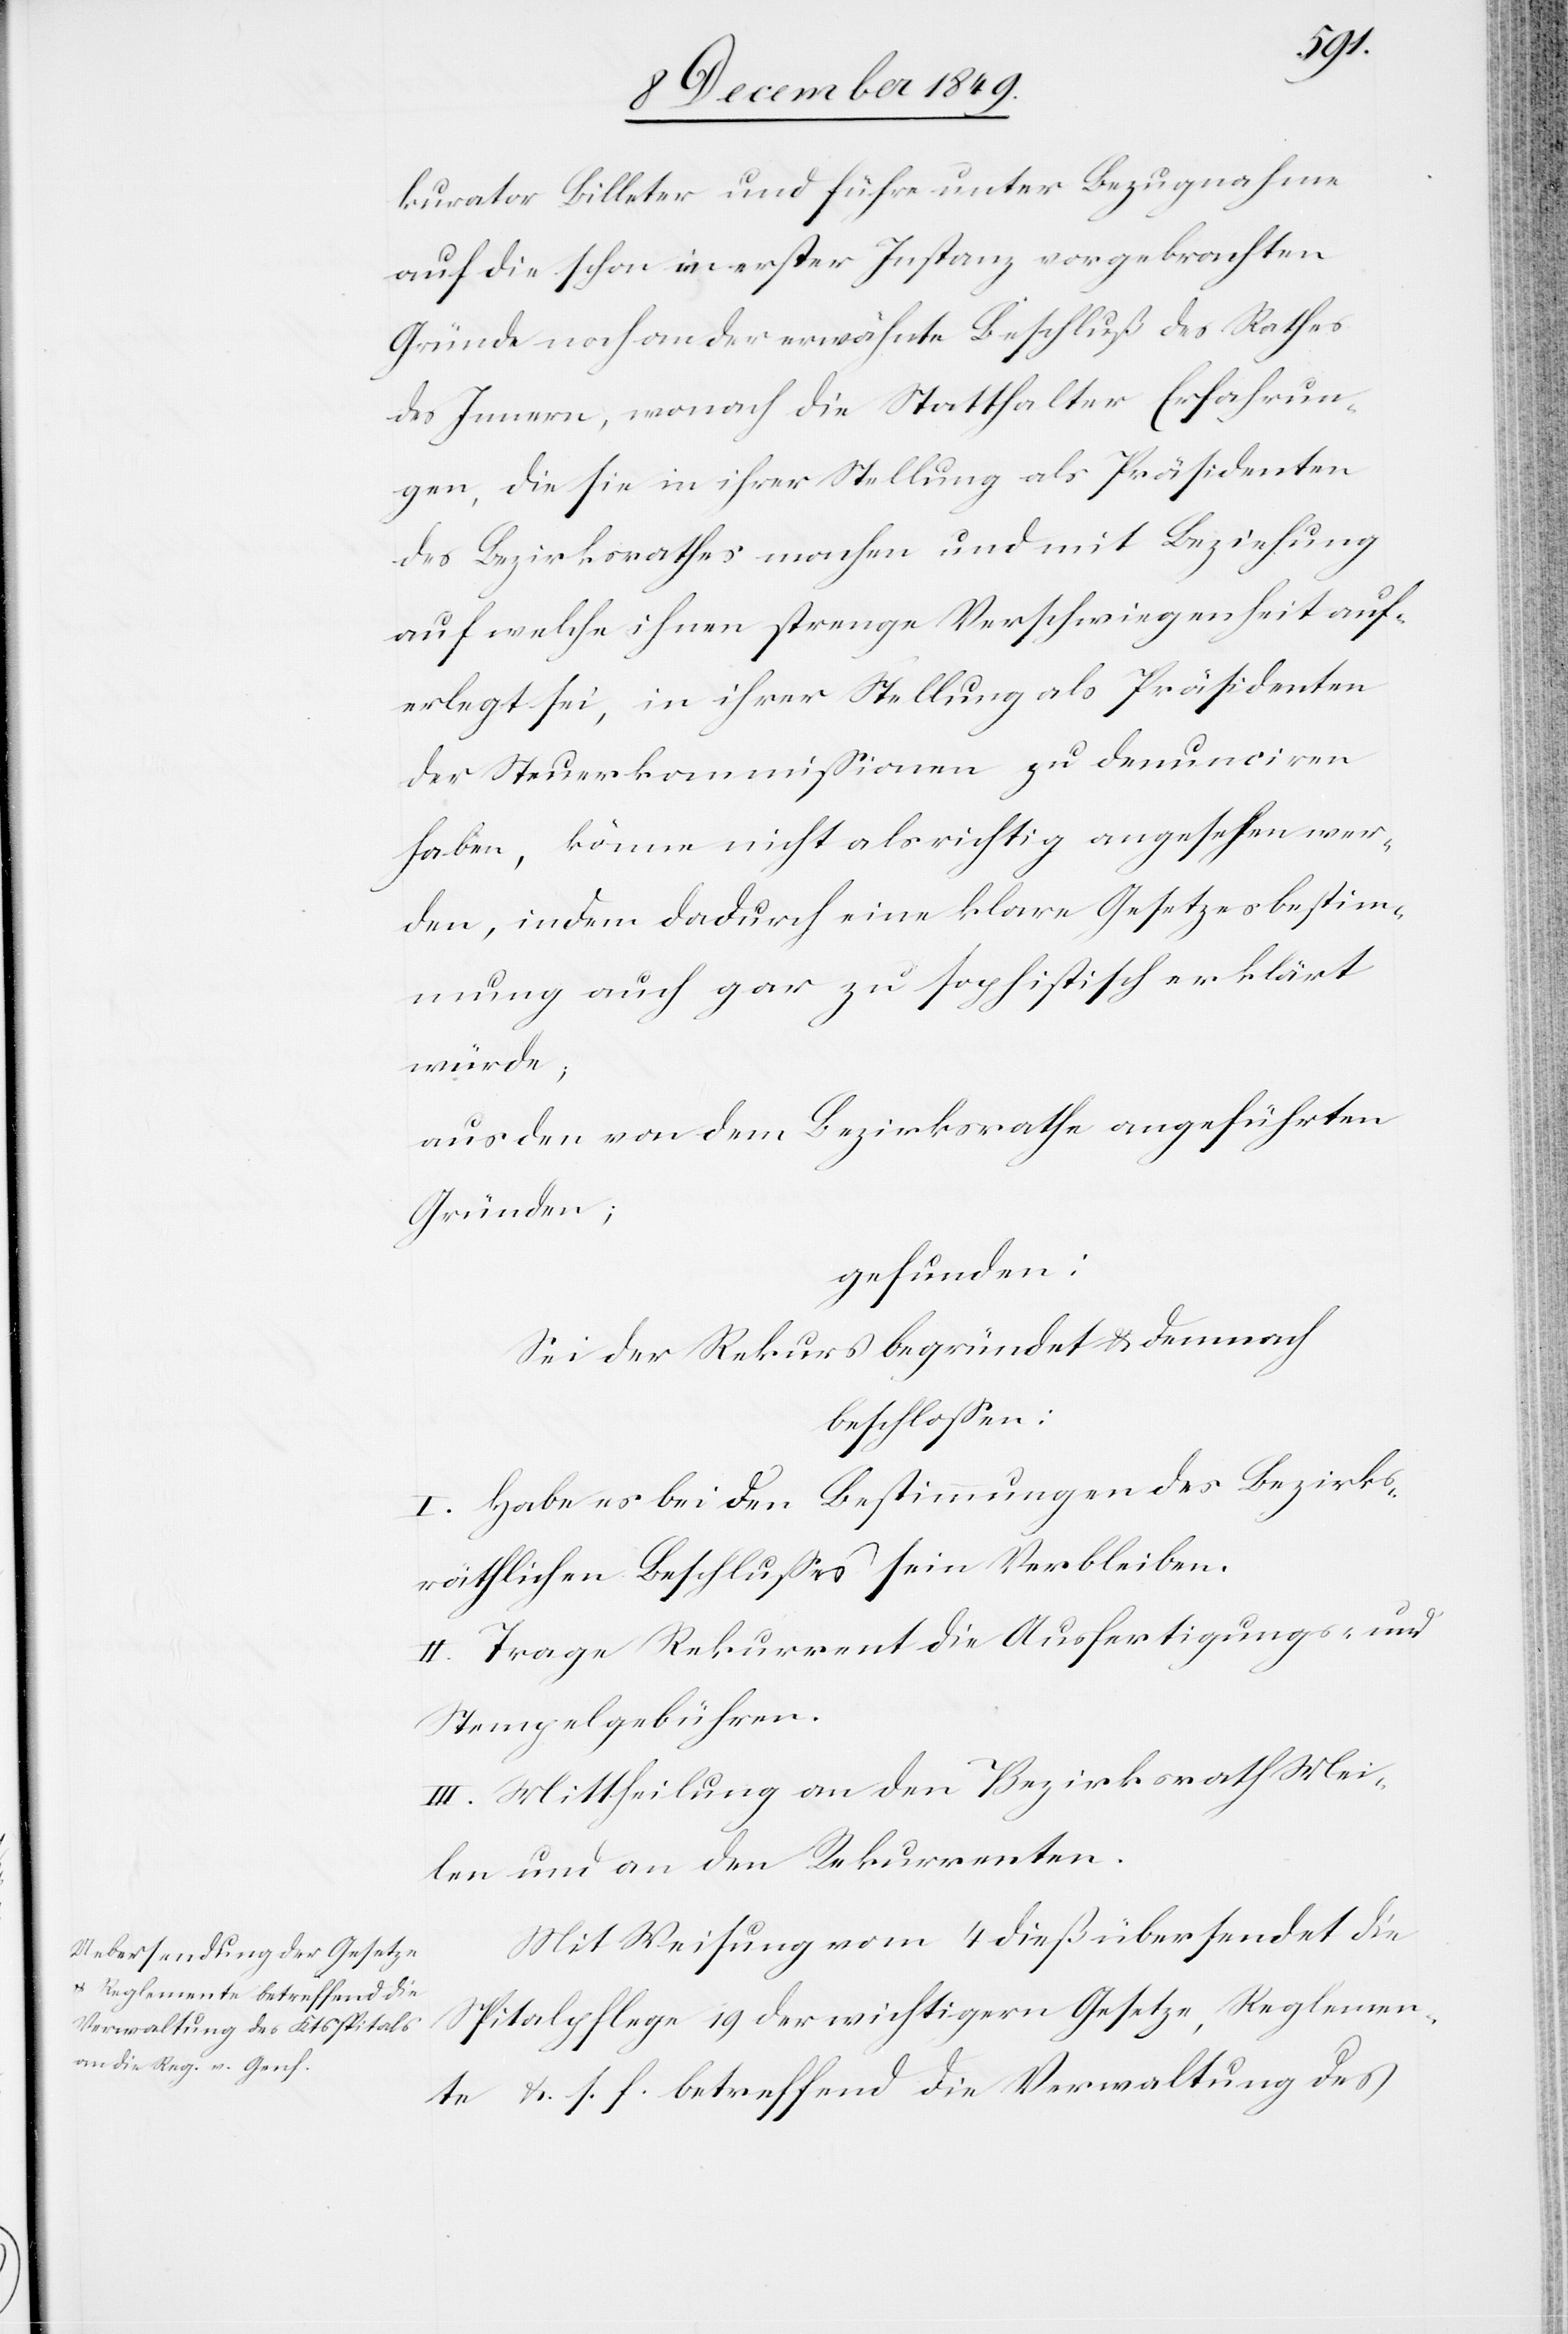
kurator Billeter und führe unter Bezugnahme
auf die schon in erster Instanz vorgebrachten
Gründe noch an, der erwähnte Beschluß des Rathes
des Innern, wonach die Statthalter Erfahrun¬
gen, die sie in ihrer Stellung des Präsidenten
des Bezirksrathes machen und mit Beziehung
auf welche ihnen strenge Verschwiegenheit auf¬
erlegt sei, in ihrer Stellung als Präsidenten
der Steuerkommißionen zu denunciren
haben, könne nicht als richtig angesehen wer¬
den, indem dadurch eine klare Gesetzesbestim¬
mung auch gar zu sophistisch erklärt
würde;
aus den von dem Bezirksrathe angeführten
Gründen;
gefunden:
Sei der Rekurs begründet u. demnach
beschloßen:
I. Habe es bei den Bestimmungen des bezirks¬
räthlichen Beschlußes sein Verbleiben.
II. Trage Rekurrent die Ausfertigungs- u.
Stempelgebühren.
III. Mittheilung an den Bezirksrath Mei¬
len und an den Rekurrenten.
Mit Weisung vom 4 dieß übersendet die
Spitalpflege 19 der wichtigern Gesetze, Reglemen¬
te u. s. f. betreffend die Verwaltung des